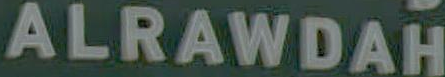
ALRAWDAH